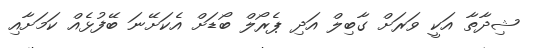
ޝިދާތާ އަކީ ވަރަށް ގާބިލް އަދި ޕެރޯލް ބޯޑަށް އެކަށޭނަ ބޭފުޅެއް ކަމަށާއި